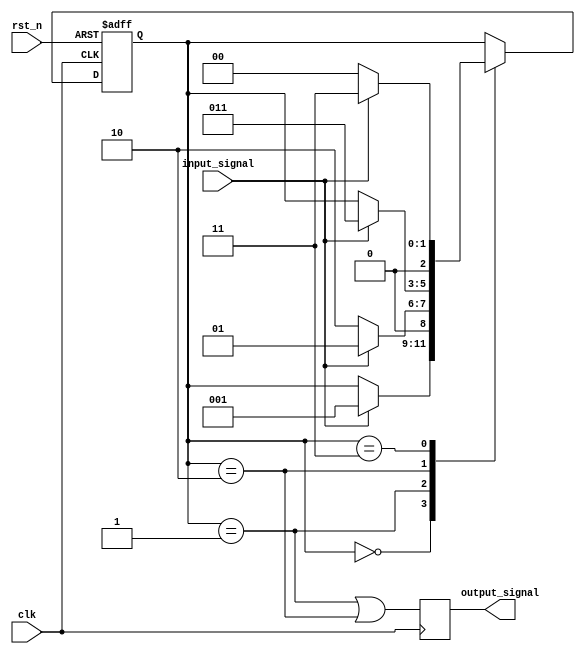
module debounce (

    input wire clk,
    input wire rst_n,
    input wire input_signal,
    output reg output_signal

);

reg [2:0] state;

always @(posedge clk or negedge rst_n) begin
    if (~rst_n) begin
        state <= 3'b0;
    end else begin
        case (state)
            3'b000: begin
                if (input_signal) state <= 3'b001;
            end
            3'b001: begin
                if (!input_signal) state <= 3'b010;
                else state <= 3'b001;
            end
            3'b010: begin
                if (input_signal) state <= 3'b011;
            end
            3'b011: begin
                if (!input_signal) state <= 3'b000;
                else state <= 3'b011;
            end
        endcase
    end
end

always @(posedge clk) begin
    output_signal <= (state == 3'b001) || (state == 3'b010);
end

endmodule